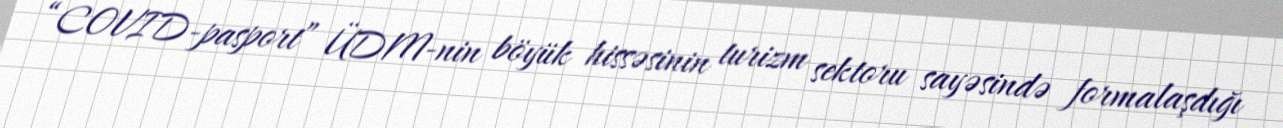
“COVID-pasport” ÜDM-nin böyük hissəsinin turizm sektoru sayəsində formalaşdığı